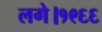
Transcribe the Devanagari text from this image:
लगे।१९६६